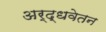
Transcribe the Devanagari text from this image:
अर्द्धवेतन